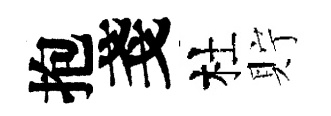
抱戔杜貯